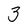
Character: 3